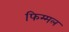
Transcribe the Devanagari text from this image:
फिम्मल